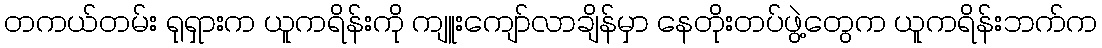
တကယ်တမ်း ရုရှားက ယူကရိန်းကို ကျူးကျော်လာချိန်မှာ နေတိုးတပ်ဖွဲ့တွေက ယူကရိန်းဘက်က